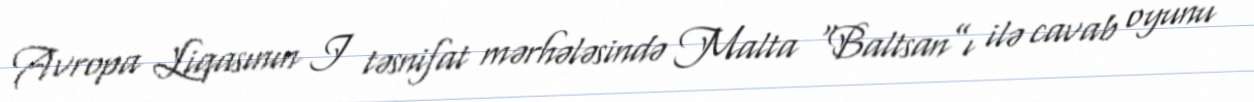
Avropa Liqasının I təsnifat mərhələsində Malta “Baltsan”ı ilə cavab oyunu